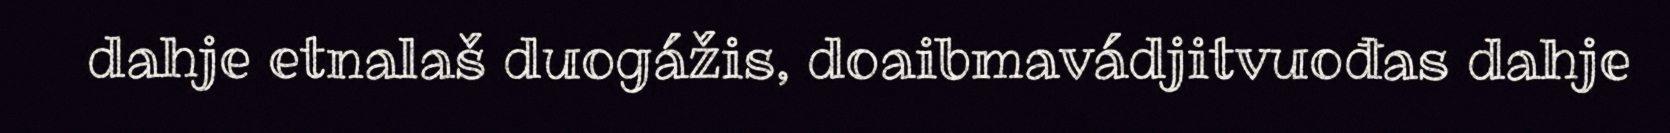
dahje etnalaš duogážis, doaibmavádjitvuođas dahje